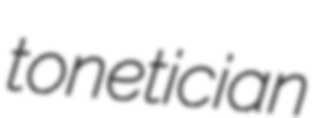
tonetician